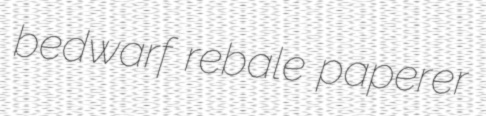
bedwarf rebale paperer